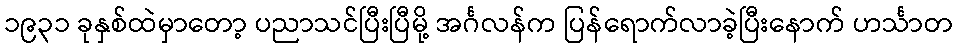
၁၉၃၁ ခုနှစ်ထဲမှာတော့ ပညာသင်ပြီးပြီမို့ အင်္ဂလန်က ပြန်ရောက်လာခဲ့ပြီးနောက် ဟင်္သာတ